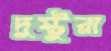
দুষ্টুরা